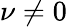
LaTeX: \nu\neq 0